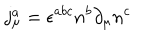
j _ { \mu } ^ { a } = \epsilon ^ { a b c } n ^ { b } \partial _ { \mu } n ^ { c }